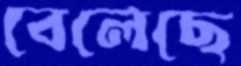
বেলেছে